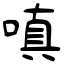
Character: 嗔